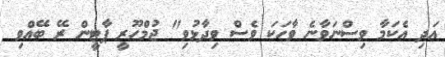
އަދި އެކަމާ ވިސްނަވާނެ ވާހަކަ ވެސް ވިދާޅުވި" ޖުމްހޫރީ ޕާޓީން ރޭ ބޭއްވި